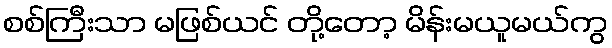
စစ်ကြီးသာ မဖြစ်ယင် တို့တော့ မိန်းမယူမယ်ကွ